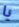
يا